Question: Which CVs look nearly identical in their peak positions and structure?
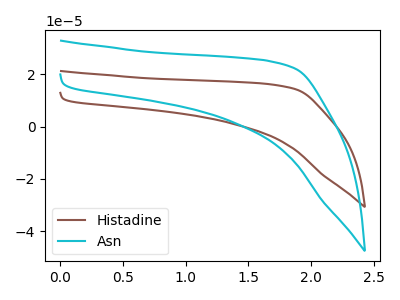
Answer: <think>The brown curve "Histadine" has no peaks. The cyan curve "Asn" has no peaks.
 Neither "Histadine" or "Asn" have any peaks.</think>
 <answer>"Asn" and "Histadine" have the same shape and are likely CV's of the same chemical.</answer>
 <eval>"Asn" "Histadine"</eval>